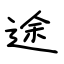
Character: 途